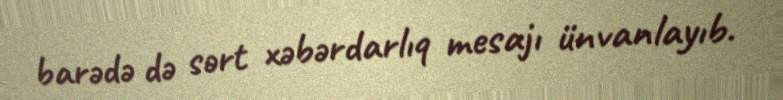
barədə də sərt xəbərdarlıq mesajı ünvanlayıb.